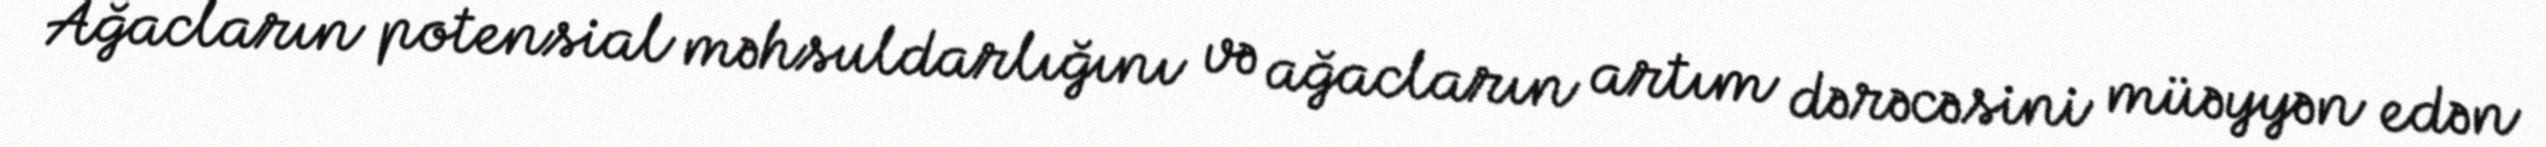
Ağacların potensial məhsuldarlığını və ağacların artım dərəcəsini müəyyən edən